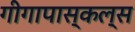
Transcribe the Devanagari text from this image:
गीगापास्कल्स